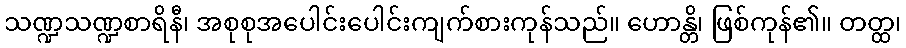
သဏ္ဍသဏ္ဍစာရိနီ၊ အစုစုအပေါင်းပေါင်းကျက်စားကုန်သည်။ ဟောန္တိ၊ ဖြစ်ကုန်၏။ တတ္ထ၊